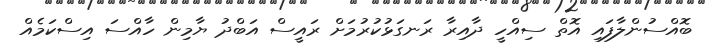
ބޮއްސުންލާފައި އޮތް ސިއްހީ ދާއިރާ ރަނގަޅުކުރުމަށް ރައީސް އަބްދު ޔާމިން ހާއްސަ އިސްކަމެއް